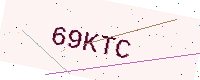
Text: 69KTC